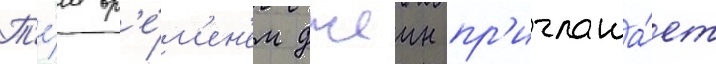
Т'е́м вр'е́м'ен'ем джеин пр'иглаша́ет